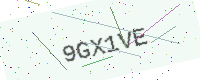
Text: 9GX1VE